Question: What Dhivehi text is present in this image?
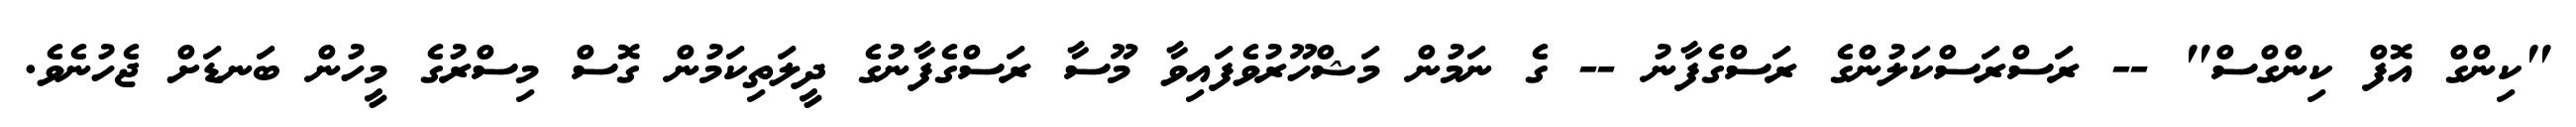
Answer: "ކިންގް އޮފް ކިންގްސް" -- ރަސްރަސްކަލުންގެ ރަސްގެފާނު -- ގެ ނަމުން މަޝްހޫރުވެފައިވާ މޫސާ ރަސްގެފާނުގެ ދީލަތިކަމުން ގޮސް މިސްރުގެ މީހުން ބަނޑަށް ޖެހުނެވެ.